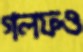
গলফও